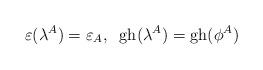
LaTeX: \begin{align*}\varepsilon(\lambda^A)=\varepsilon_A,\;\;{\rm gh}(\lambda^A)= {\rm gh}(\phi^A)\end{align*}